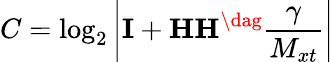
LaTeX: C=\log_{2}\left|{{\mathbf{I}}+{\mathbf{HH}}^{\dag}{\frac{\gamma}{M_{xt}}}}\right|